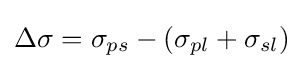
\Delta \sigma =\sigma _{ps}-(\sigma _{pl}+\sigma _{sl})